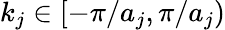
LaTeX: k_{j}\in[-\pi/a_{j},\pi/a_{j})